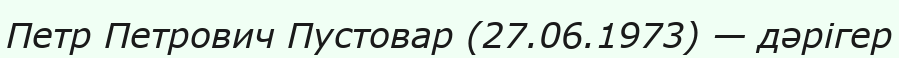
Петр Петрович Пустовар (27.06.1973) — дәрігер